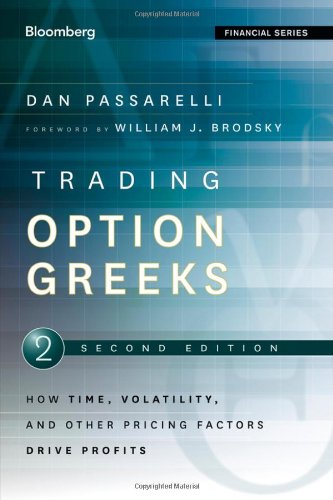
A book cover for Trading Options Greeks: How Time, Volatility, and Other Pricing Factors Drive Profits; Dan Passarelli; Business & Money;